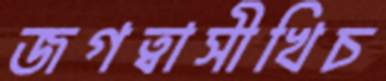
জগত্বাসীখিচ